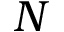
N